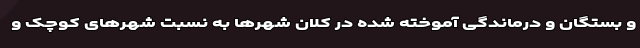
و بستگان و درماندگی آموخته شده در کلان شهرها به نسبت شهرهای کوچک و